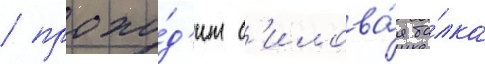
/ прохо́д'ит с'илова́я ба́лка